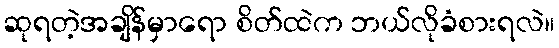
ဆုရတဲ့အချိန်မှာရော စိတ်ထဲက ဘယ်လိုခံစားရလဲ။